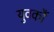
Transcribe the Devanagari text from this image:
युवकौं